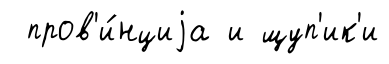
пров'и́нциjа и щуп'ик'и